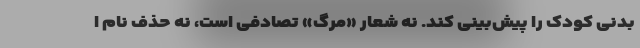
بدنی کودک را پیش‌بینی کند. نه شعار «مرگ» تصادفی است، نه حذف نام ا